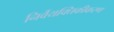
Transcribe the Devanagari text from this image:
निर्वैयक्तिकीकरण